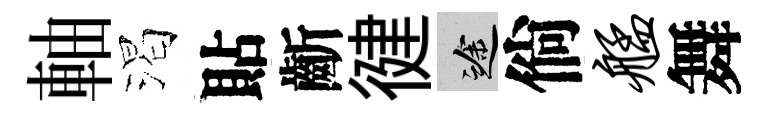
軸渴貼齗徤途倘艋舞